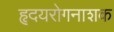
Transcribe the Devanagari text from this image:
हृदयरोगनाशक